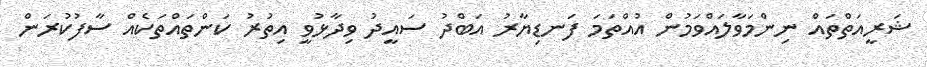
ޝަރީއަތްތައް ނިންމަވާލައްވަމުން އުއްތަމަ ފަނޑިޔާރު އަބްދު ސައީދު ވިދާޅުވީ އިތުރު ކަންތައްތަކެއް ސާފުކުރަން